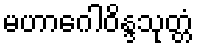
မဟာဂေါဝိန္ဒသုတ္တံ